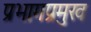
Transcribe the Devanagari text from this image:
प्रभागप्रमुख